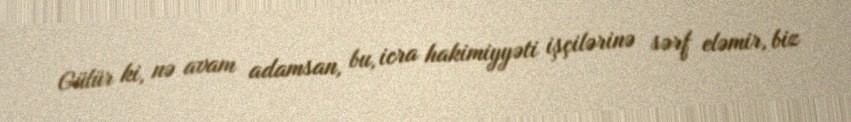
Gülür ki, nə avam adamsan, bu, icra hakimiyyəti işçilərinə sərf eləmir, biz